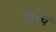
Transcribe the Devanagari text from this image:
तारेचं